Note on the mental hospitals in Burma - 1925-1940
Year: 1925
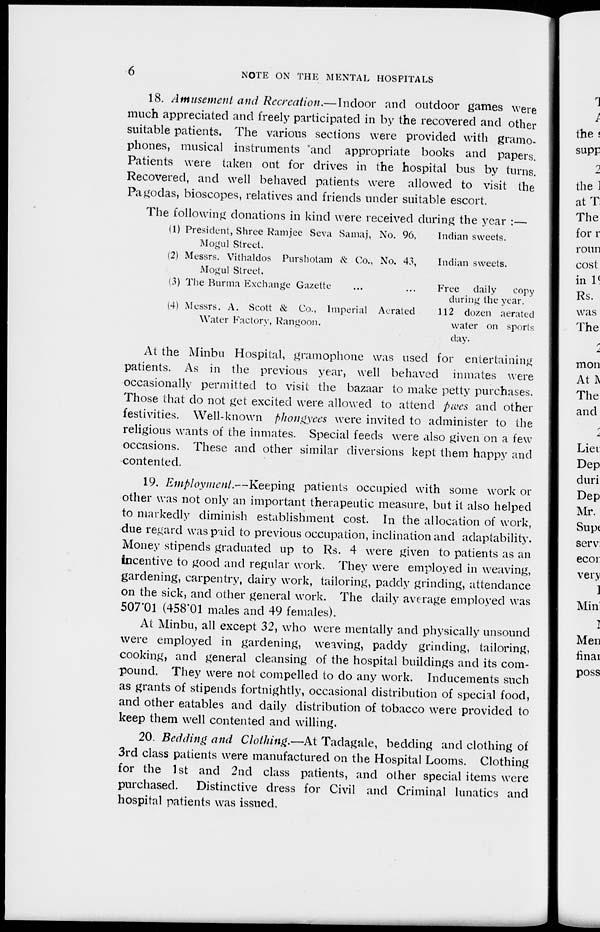
6
NOTE ON THE MENTAL HOSPITALS
18. Amusement and Recreation.—Indoor and outdoor games were
much appreciated and freely participated in by the recovered and other
suitable patients. The various sections were provided with gramo-
phones, musical instruments and appropriate books and papers.
Patients were taken out for drives in the hospital bus by turns.
Recovered, and well behaved patients were allowed to visit the
Pagodas, bioscopes, relatives and friends under suitable escort.
The following donations in kind were received during the year :—
(1) President, Shree Ramjee Seva Samaj,
Mogul Street.
(2) Messrs. Vithaldos Purshotam & Co.,
Mogul Street.
(3) The Burma Exchange Gazette ...
(4) Messrs. A. Scott & Co., Imperial
Water Factory, Rangoon.
No. 96,
No. 43,
...
Aerated
Indian sweets.
Indian sweets.
Free daily
copy
during the year.
112 dozen aerated
water on sports
day.
At the Minbu Hospital, gramophone was used for entertaining
patients. As in the previous year, well behaved inmates were
occasionally permitted to visit the bazaar to make petty purchases.
Those that do not get excited were allowed to attend pwes and other
festivities. Well-known phongyees were invited to administer to the
religious wants of the inmates. Special feeds were also given on a few
occasions. These and other similar diversions kept them happy and
contented.
19. Employment.—Keeping patients occupied with some work or
other was not only an important therapeutic measure, but it also helped
to markedly diminish establishment cost. In the allocation of work,
due regard was paid to previous occupation, inclination and adaptability.
Money stipends graduated up to Rs. 4 were given to patients as an
incentive to good and regular work. They were employed in weaving,
gardening, carpentry, dairy work, tailoring, paddy grinding, attendance
on the sick, and other general work. The daily average employed was
507.01 (458.01 males and 49 females).
At Minbu, all except 32, who were mentally and physically unsound
were employed in gardening, weaving, paddy grinding, tailoring,
cooking, and general cleansing of the hospital buildings and its com-
pound. They were not compelled to do any work. Inducements such
as grants of stipends fortnightly, occasional distribution of special food,
and other eatables and daily distribution of tobacco were provided to
keep them well contented and willing.
20. Bedding and Clothing.—At Tadagale, bedding and clothing of
3rd class patients were manufactured on the Hospital Looms. Clothing
for the 1st and 2nd class patients, and other special items were
purchased. Distinctive dress for Civil and Criminal lunatics and
hospital patients was issued.